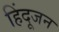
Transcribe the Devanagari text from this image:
हिंदूजन